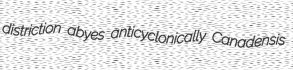
distriction abyes anticyclonically Canadensis